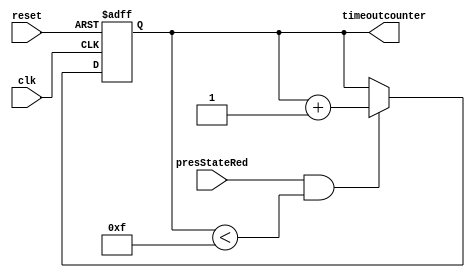
module Timer(clk, reset, presStateRed, timeoutcounter);
	input clk, reset;
	input [1:0] presStateRed;
	output reg [3:0] timeoutcounter;
	
	always@(posedge clk, negedge reset)begin
		if(reset == 0) begin
			timeoutcounter <= 0;
		end
		else begin 
		if (presStateRed && timeoutcounter < 15) begin
        timeoutcounter  <= timeoutcounter + 1;
      end
	end
	end
endmodule